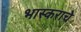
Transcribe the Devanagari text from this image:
भास्कराचे